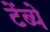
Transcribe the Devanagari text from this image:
टेंब्ये